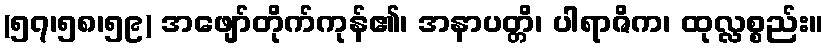
(၅၇၊၅၈၊၅၉) အဖျော်တိုက်ကုန်၏၊ အနာပတ္တိ၊ ပါရာဇိက၊ ထုလ္လစ္စည်း။